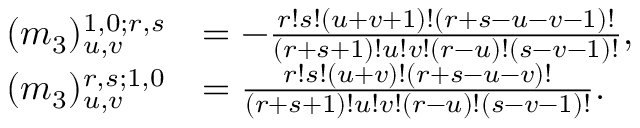
\begin{array} { r l } { ( m _ { 3 } ) _ { u , v } ^ { 1 , 0 ; r , s } } & { = - \frac { r ! s ! ( u + v + 1 ) ! ( r + s - u - v - 1 ) ! } { ( r + s + 1 ) ! u ! v ! ( r - u ) ! ( s - v - 1 ) ! } , } \\ { ( m _ { 3 } ) _ { u , v } ^ { r , s ; 1 , 0 } } & { = \frac { r ! s ! ( u + v ) ! ( r + s - u - v ) ! } { ( r + s + 1 ) ! u ! v ! ( r - u ) ! ( s - v - 1 ) ! } . } \end{array}